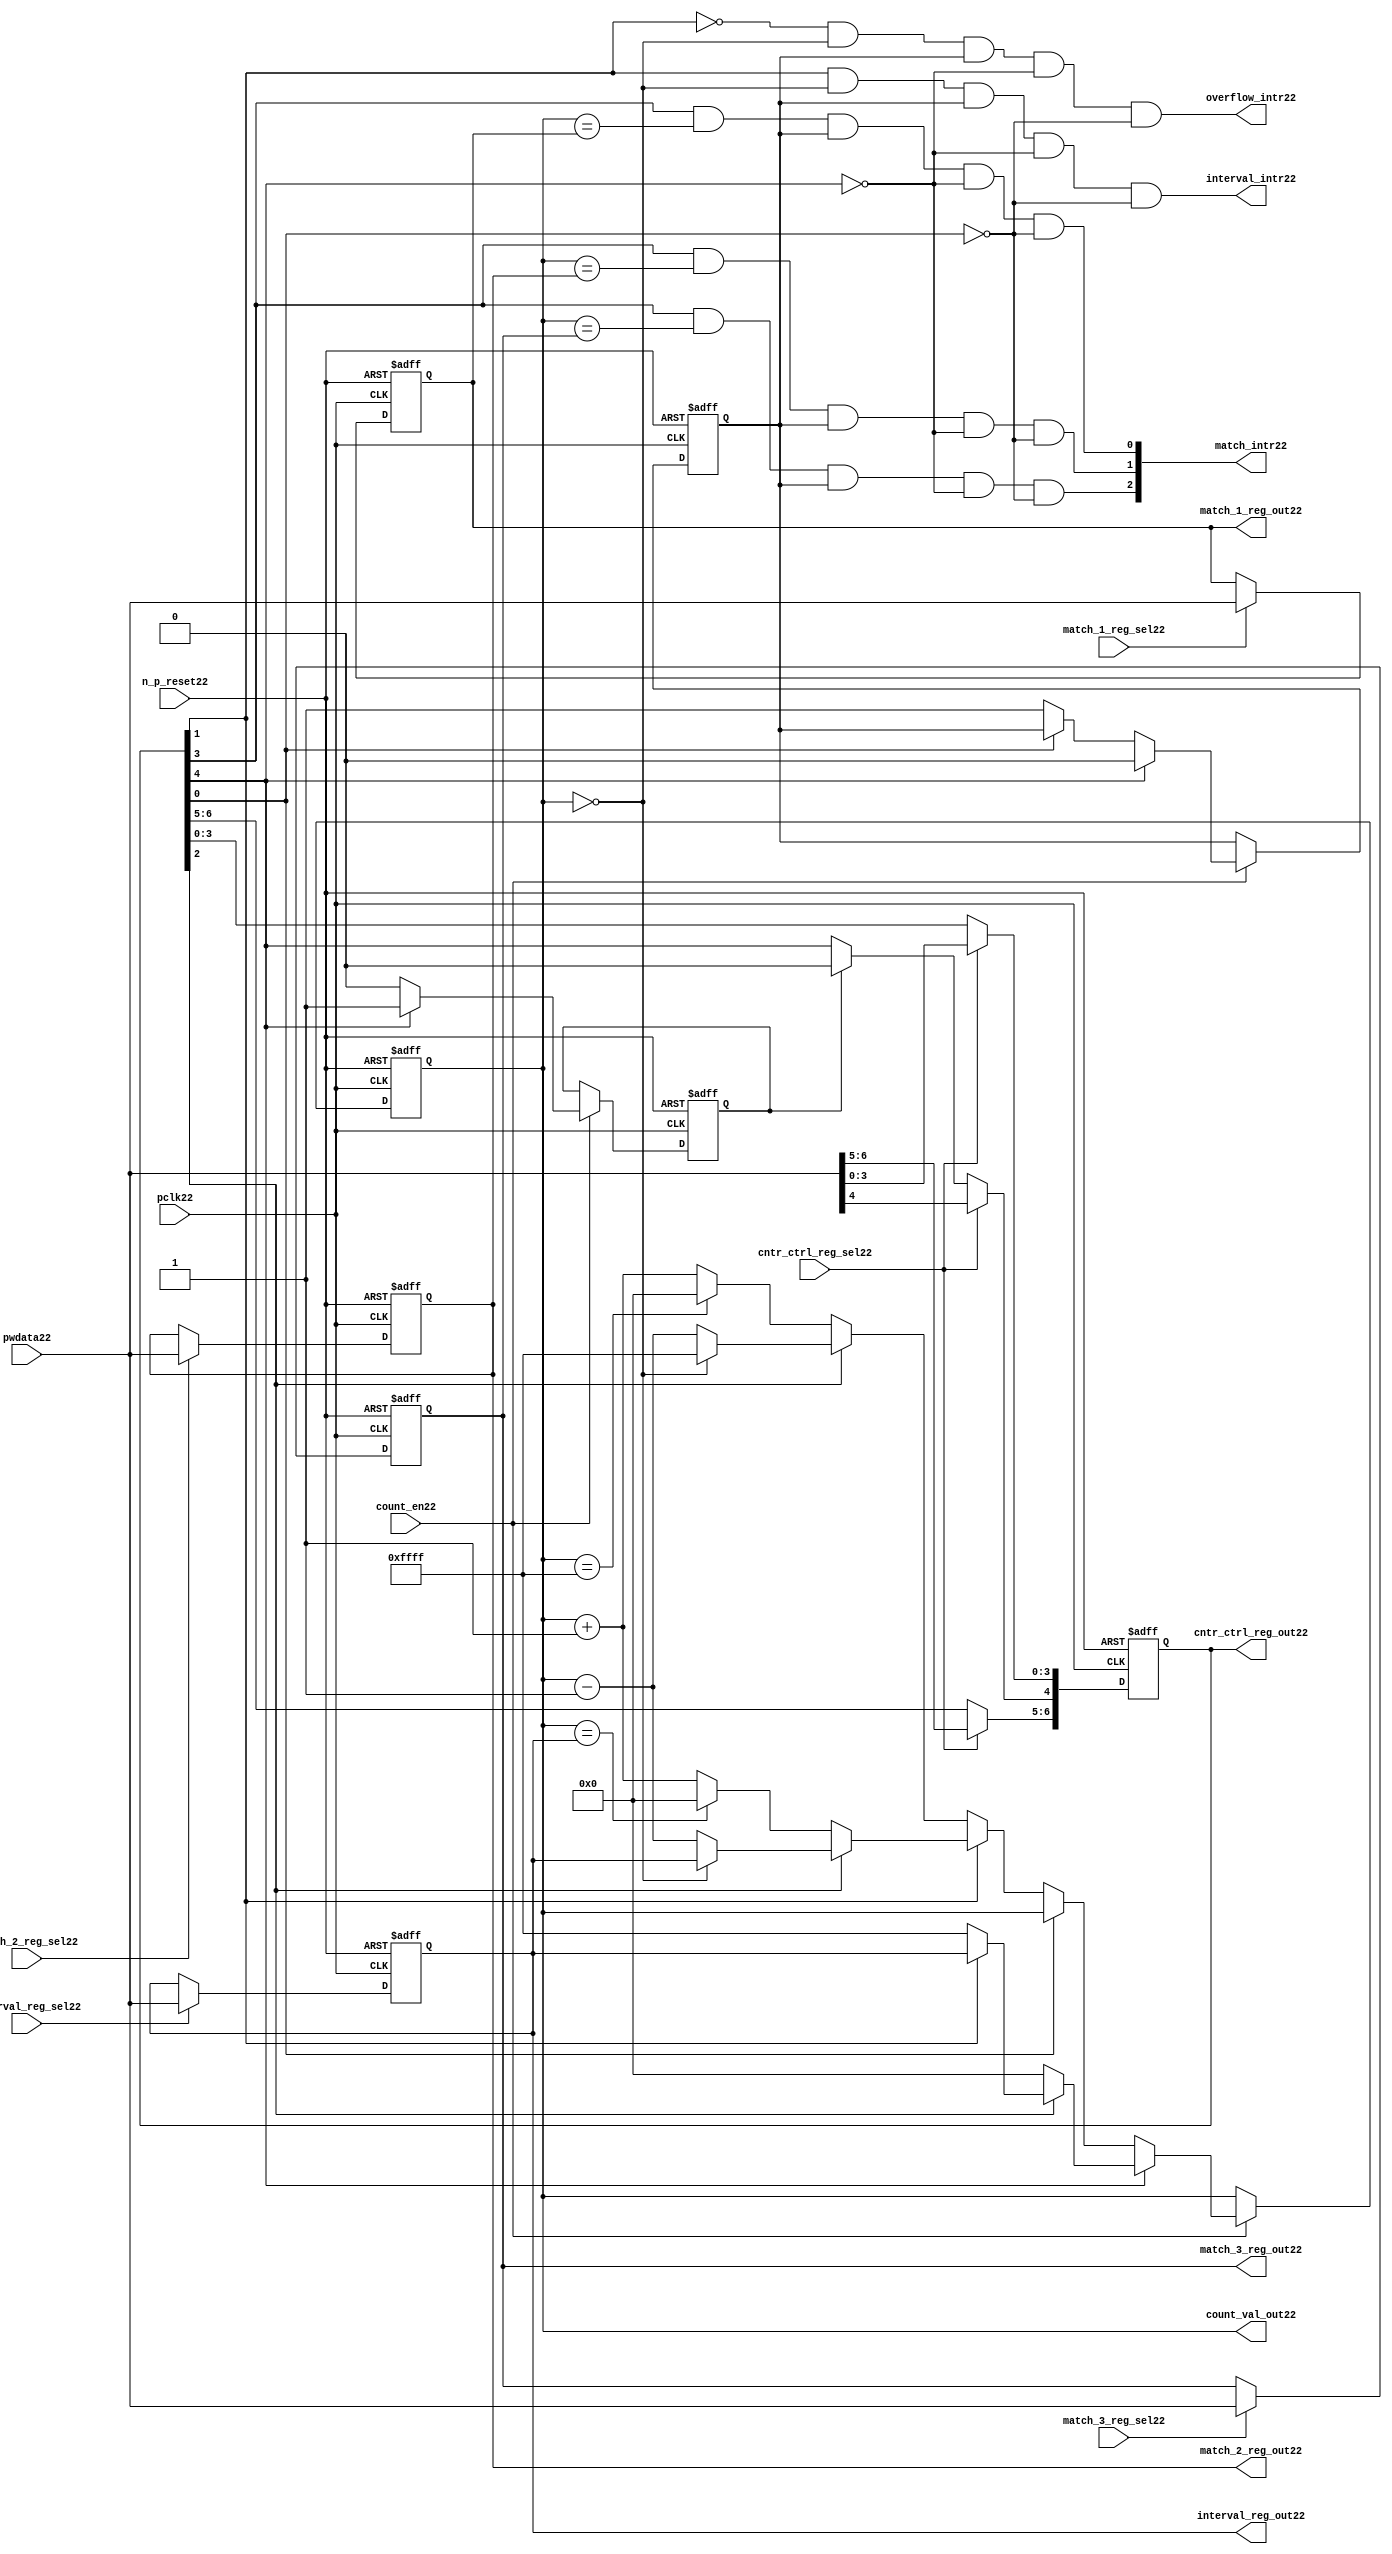
//File22 name   : ttc_counter_lite22.v
//Title22       : 
//Created22     : 1999
//Description22 :The counter can increment and decrement.
//   In increment mode instead of counting22 to its full 16 bit
//   value the counter counts22 up to or down from a programmed22 interval22 value.
//   Interrupts22 are issued22 when the counter overflows22 or reaches22 it's interval22
//   value. In match mode if the count value equals22 that stored22 in one of three22
//   match registers an interrupt22 is issued22.
//Notes22       : 
//----------------------------------------------------------------------
//   Copyright22 1999-2010 Cadence22 Design22 Systems22, Inc22.
//   All Rights22 Reserved22 Worldwide22
//
//   Licensed22 under the Apache22 License22, Version22 2.0 (the
//   "License22"); you may not use this file except22 in
//   compliance22 with the License22.  You may obtain22 a copy of
//   the License22 at
//
//       http22://www22.apache22.org22/licenses22/LICENSE22-2.0
//
//   Unless22 required22 by applicable22 law22 or agreed22 to in
//   writing, software22 distributed22 under the License22 is
//   distributed22 on an "AS22 IS22" BASIS22, WITHOUT22 WARRANTIES22 OR22
//   CONDITIONS22 OF22 ANY22 KIND22, either22 express22 or implied22.  See
//   the License22 for the specific22 language22 governing22
//   permissions22 and limitations22 under the License22.
//----------------------------------------------------------------------
//


module ttc_counter_lite22(

  //inputs22
  n_p_reset22,    
  pclk22,          
  pwdata22,              
  count_en22,
  cntr_ctrl_reg_sel22, 
  interval_reg_sel22,
  match_1_reg_sel22,
  match_2_reg_sel22,
  match_3_reg_sel22,         

  //outputs22    
  count_val_out22,
  cntr_ctrl_reg_out22,
  interval_reg_out22,
  match_1_reg_out22,
  match_2_reg_out22,
  match_3_reg_out22,
  interval_intr22,
  match_intr22,
  overflow_intr22

);


//--------------------------------------------------------------------
// PORT DECLARATIONS22
//--------------------------------------------------------------------

   //inputs22
   input          n_p_reset22;         //reset signal22
   input          pclk22;              //System22 Clock22
   input [15:0]   pwdata22;            //6 Bit22 data signal22
   input          count_en22;          //Count22 enable signal22
   input          cntr_ctrl_reg_sel22; //Select22 bit for ctrl_reg22
   input          interval_reg_sel22;  //Interval22 Select22 Register
   input          match_1_reg_sel22;   //Match22 1 Select22 register
   input          match_2_reg_sel22;   //Match22 2 Select22 register
   input          match_3_reg_sel22;   //Match22 3 Select22 register

   //outputs22
   output [15:0]  count_val_out22;        //Value for counter reg
   output [6:0]   cntr_ctrl_reg_out22;    //Counter22 control22 reg select22
   output [15:0]  interval_reg_out22;     //Interval22 reg
   output [15:0]  match_1_reg_out22;      //Match22 1 register
   output [15:0]  match_2_reg_out22;      //Match22 2 register
   output [15:0]  match_3_reg_out22;      //Match22 3 register
   output         interval_intr22;        //Interval22 interrupt22
   output [3:1]   match_intr22;           //Match22 interrupt22
   output         overflow_intr22;        //Overflow22 interrupt22

//--------------------------------------------------------------------
// Internal Signals22 & Registers22
//--------------------------------------------------------------------

   reg [6:0]      cntr_ctrl_reg22;     // 5-bit Counter22 Control22 Register
   reg [15:0]     interval_reg22;      //16-bit Interval22 Register 
   reg [15:0]     match_1_reg22;       //16-bit Match_122 Register
   reg [15:0]     match_2_reg22;       //16-bit Match_222 Register
   reg [15:0]     match_3_reg22;       //16-bit Match_322 Register
   reg [15:0]     count_val22;         //16-bit counter value register
                                                                      
   
   reg            counting22;          //counter has starting counting22
   reg            restart_temp22;   //ensures22 soft22 reset lasts22 1 cycle    
   
   wire [6:0]     cntr_ctrl_reg_out22; //7-bit Counter22 Control22 Register
   wire [15:0]    interval_reg_out22;  //16-bit Interval22 Register 
   wire [15:0]    match_1_reg_out22;   //16-bit Match_122 Register
   wire [15:0]    match_2_reg_out22;   //16-bit Match_222 Register
   wire [15:0]    match_3_reg_out22;   //16-bit Match_322 Register
   wire [15:0]    count_val_out22;     //16-bit counter value register

//-------------------------------------------------------------------
// Assign22 output wires22
//-------------------------------------------------------------------

   assign cntr_ctrl_reg_out22 = cntr_ctrl_reg22;    // 7-bit Counter22 Control22
   assign interval_reg_out22  = interval_reg22;     // 16-bit Interval22
   assign match_1_reg_out22   = match_1_reg22;      // 16-bit Match_122
   assign match_2_reg_out22   = match_2_reg22;      // 16-bit Match_222 
   assign match_3_reg_out22   = match_3_reg22;      // 16-bit Match_322 
   assign count_val_out22     = count_val22;        // 16-bit counter value
   
//--------------------------------------------------------------------
// Assigning22 interrupts22
//--------------------------------------------------------------------

   assign interval_intr22 =  cntr_ctrl_reg22[1] & (count_val22 == 16'h0000)
      & (counting22) & ~cntr_ctrl_reg22[4] & ~cntr_ctrl_reg22[0];
   assign overflow_intr22 = ~cntr_ctrl_reg22[1] & (count_val22 == 16'h0000)
      & (counting22) & ~cntr_ctrl_reg22[4] & ~cntr_ctrl_reg22[0];
   assign match_intr22[1]  =  cntr_ctrl_reg22[3] & (count_val22 == match_1_reg22)
      & (counting22) & ~cntr_ctrl_reg22[4] & ~cntr_ctrl_reg22[0];
   assign match_intr22[2]  =  cntr_ctrl_reg22[3] & (count_val22 == match_2_reg22)
      & (counting22) & ~cntr_ctrl_reg22[4] & ~cntr_ctrl_reg22[0];
   assign match_intr22[3]  =  cntr_ctrl_reg22[3] & (count_val22 == match_3_reg22)
      & (counting22) & ~cntr_ctrl_reg22[4] & ~cntr_ctrl_reg22[0];


//    p_reg_ctrl22: Process22 to write to the counter control22 registers
//    cntr_ctrl_reg22 decode:  0 - Counter22 Enable22 Active22 Low22
//                           1 - Interval22 Mode22 =1, Overflow22 =0
//                           2 - Decrement22 Mode22
//                           3 - Match22 Mode22
//                           4 - Restart22
//                           5 - Waveform22 enable active low22
//                           6 - Waveform22 polarity22
   
   always @ (posedge pclk22 or negedge n_p_reset22)
   begin: p_reg_ctrl22  // Register writes
      
      if (!n_p_reset22)                                   
      begin                                     
         cntr_ctrl_reg22 <= 7'b0000001;
         interval_reg22  <= 16'h0000;
         match_1_reg22   <= 16'h0000;
         match_2_reg22   <= 16'h0000;
         match_3_reg22   <= 16'h0000;  
      end    
      else 
      begin
         if (cntr_ctrl_reg_sel22)
            cntr_ctrl_reg22 <= pwdata22[6:0];
         else if (restart_temp22)
            cntr_ctrl_reg22[4]  <= 1'b0;    
         else 
            cntr_ctrl_reg22 <= cntr_ctrl_reg22;             

         interval_reg22  <= (interval_reg_sel22) ? pwdata22 : interval_reg22;
         match_1_reg22   <= (match_1_reg_sel22)  ? pwdata22 : match_1_reg22;
         match_2_reg22   <= (match_2_reg_sel22)  ? pwdata22 : match_2_reg22;
         match_3_reg22   <= (match_3_reg_sel22)  ? pwdata22 : match_3_reg22;   
      end
      
   end  //p_reg_ctrl22

   
//    p_cntr22: Process22 to increment or decrement the counter on receiving22 a 
//            count_en22 signal22 from the pre_scaler22. Count22 can be restarted22
//            or disabled and can overflow22 at a specified interval22 value.
   
   
   always @ (posedge pclk22 or negedge n_p_reset22)
   begin: p_cntr22   // Counter22 block

      if (!n_p_reset22)     //System22 Reset22
      begin                     
         count_val22 <= 16'h0000;
         counting22  <= 1'b0;
         restart_temp22 <= 1'b0;
      end
      else if (count_en22)
      begin
         
         if (cntr_ctrl_reg22[4])     //Restart22
         begin     
            if (~cntr_ctrl_reg22[2])  
               count_val22         <= 16'h0000;
            else
            begin
              if (cntr_ctrl_reg22[1])
                 count_val22         <= interval_reg22;     
              else
                 count_val22         <= 16'hFFFF;     
            end
            counting22       <= 1'b0;
            restart_temp22   <= 1'b1;

         end
         else 
         begin
            if (!cntr_ctrl_reg22[0])          //Low22 Active22 Counter22 Enable22
            begin

               if (cntr_ctrl_reg22[1])  //Interval22               
                  if (cntr_ctrl_reg22[2])  //Decrement22        
                  begin
                     if (count_val22 == 16'h0000)
                        count_val22 <= interval_reg22;  //Assumed22 Static22
                     else
                        count_val22 <= count_val22 - 16'h0001;
                  end
                  else                   //Increment22
                  begin
                     if (count_val22 == interval_reg22)
                        count_val22 <= 16'h0000;
                     else           
                        count_val22 <= count_val22 + 16'h0001;
                  end
               else    
               begin  //Overflow22
                  if (cntr_ctrl_reg22[2])   //Decrement22
                  begin
                     if (count_val22 == 16'h0000)
                        count_val22 <= 16'hFFFF;
                     else           
                        count_val22 <= count_val22 - 16'h0001;
                  end
                  else                    //Increment22
                  begin
                     if (count_val22 == 16'hFFFF)
                        count_val22 <= 16'h0000;
                     else           
                        count_val22 <= count_val22 + 16'h0001;
                  end 
               end
               counting22  <= 1'b1;
            end     
            else
               count_val22 <= count_val22;   //Disabled22
   
            restart_temp22 <= 1'b0;
      
         end
     
      end // if (count_en22)

      else
      begin
         count_val22    <= count_val22;
         counting22     <= counting22;
         restart_temp22 <= restart_temp22;               
      end
     
   end  //p_cntr22

endmodule